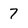
Character: 7